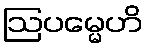
ဩပမ္မေဟိ